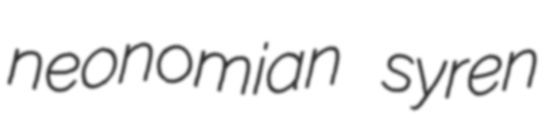
neonomian syren